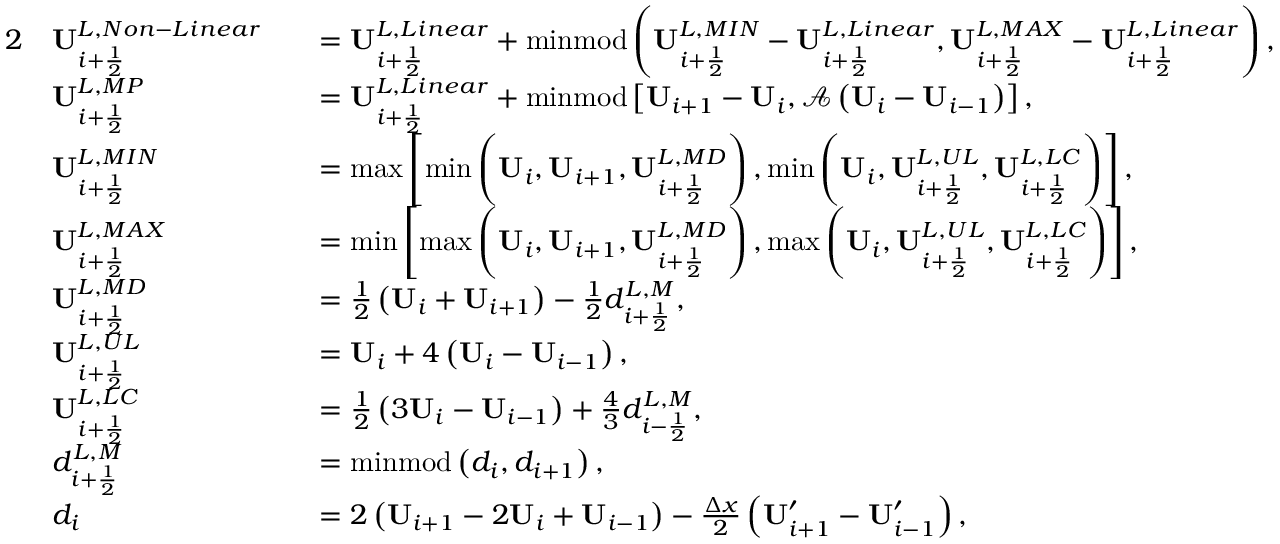
\begin{array} { r l r l } { { 2 } } & { \mathbf { U } _ { i + \frac { 1 } { 2 } } ^ { L , N o n - L i n e a r } } & & { = \mathbf { U } _ { i + \frac { 1 } { 2 } } ^ { L , L i n e a r } + \mathrm { m i n m o d } \left( \mathbf { U } _ { i + \frac { 1 } { 2 } } ^ { L , M I N } - \mathbf { U } _ { i + \frac { 1 } { 2 } } ^ { L , L i n e a r } , \mathbf { U } _ { i + \frac { 1 } { 2 } } ^ { L , M A X } - \mathbf { U } _ { i + \frac { 1 } { 2 } } ^ { L , L i n e a r } \right) , } \\ & { \mathbf { U } _ { i + \frac { 1 } { 2 } } ^ { L , M P } } & & { = \mathbf { U } _ { i + \frac { 1 } { 2 } } ^ { L , L i n e a r } + \mathrm { m i n m o d } \left[ \mathbf { U } _ { i + 1 } - \mathbf { U } _ { i } , \mathscr { A } \left( \mathbf { U } _ { i } - \mathbf { U } _ { i - 1 } \right) \right] , } \\ & { \mathbf { U } _ { i + \frac { 1 } { 2 } } ^ { L , M I N } } & & { = \operatorname* { m a x } \left[ \operatorname* { m i n } \left( \mathbf { U } _ { i } , \mathbf { U } _ { i + 1 } , \mathbf { U } _ { i + \frac { 1 } { 2 } } ^ { L , M D } \right) , \operatorname* { m i n } \left( \mathbf { U } _ { i } , \mathbf { U } _ { i + \frac { 1 } { 2 } } ^ { L , U L } , \mathbf { U } _ { i + \frac { 1 } { 2 } } ^ { L , L C } \right) \right] , } \\ & { \mathbf { U } _ { i + \frac { 1 } { 2 } } ^ { L , M A X } } & & { = \operatorname* { m i n } \left[ \operatorname* { m a x } \left( \mathbf { U } _ { i } , \mathbf { U } _ { i + 1 } , \mathbf { U } _ { i + \frac { 1 } { 2 } } ^ { L , M D } \right) , \operatorname* { m a x } \left( \mathbf { U } _ { i } , \mathbf { U } _ { i + \frac { 1 } { 2 } } ^ { L , U L } , \mathbf { U } _ { i + \frac { 1 } { 2 } } ^ { L , L C } \right) \right] , } \\ & { \mathbf { U } _ { i + \frac { 1 } { 2 } } ^ { L , M D } } & & { = \frac { 1 } { 2 } \left( \mathbf { U } _ { i } + \mathbf { U } _ { i + 1 } \right) - \frac { 1 } { 2 } d _ { i + \frac { 1 } { 2 } } ^ { L , M } , } \\ & { \mathbf { U } _ { i + \frac { 1 } { 2 } } ^ { L , U L } } & & { = \mathbf { U } _ { i } + 4 \left( \mathbf { U } _ { i } - \mathbf { U } _ { i - 1 } \right) , } \\ & { \mathbf { U } _ { i + \frac { 1 } { 2 } } ^ { L , L C } } & & { = \frac { 1 } { 2 } \left( 3 \mathbf { U } _ { i } - \mathbf { U } _ { i - 1 } \right) + \frac { 4 } { 3 } d _ { i - \frac { 1 } { 2 } } ^ { L , M } , } \\ & { d _ { i + \frac { 1 } { 2 } } ^ { L , M } } & & { = \mathrm { m i n m o d } \left( d _ { i } , d _ { i + 1 } \right) , } \\ & { d _ { i } } & & { = 2 \left( \mathbf { U } _ { i + 1 } - 2 \mathbf { U } _ { i } + \mathbf { U } _ { i - 1 } \right) - \frac { \Delta x } { 2 } \left( \mathbf { U } _ { i + 1 } ^ { \prime } - \mathbf { U } _ { i - 1 } ^ { \prime } \right) , } \end{array}